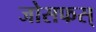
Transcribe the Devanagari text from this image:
जोसफस्